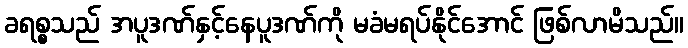
ခရစ္စသည် အပူဒဏ်နှင့်နေပူဒဏ်ကို မခံမရပ်နိုင်အောင် ဖြစ်လာမိသည်။